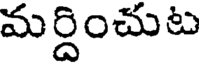
మర్దించుట